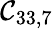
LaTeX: \mathcal{C}_{33,7}